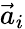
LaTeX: \vec{a}_{i}